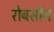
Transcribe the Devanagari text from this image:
रोबसॉन